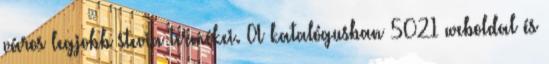
város legjobb stevia termékei. A katalógusban 5021 weboldal és